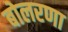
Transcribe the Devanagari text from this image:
बोलरणा